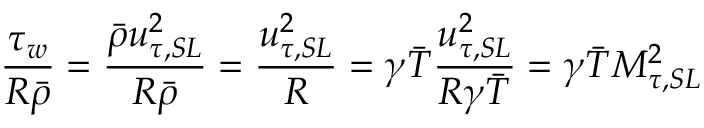
\frac { \tau _ { w } } { R \bar { \rho } } = \frac { \bar { \rho } u _ { \tau , S L } ^ { 2 } } { R \bar { \rho } } = \frac { u _ { \tau , S L } ^ { 2 } } { R } = \gamma \bar { T } \frac { u _ { \tau , S L } ^ { 2 } } { R \gamma \bar { T } } = \gamma \bar { T } M _ { \tau , S L } ^ { 2 }